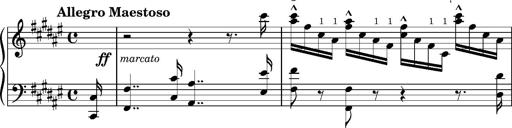
Title: Preludio â€” Allegro maestoso
Composer: Franz Liszt
Key: F-sharp major